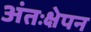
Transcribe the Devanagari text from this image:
अंतःक्षेपन